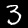
Digit: 3